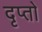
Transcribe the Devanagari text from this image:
दृप्तो